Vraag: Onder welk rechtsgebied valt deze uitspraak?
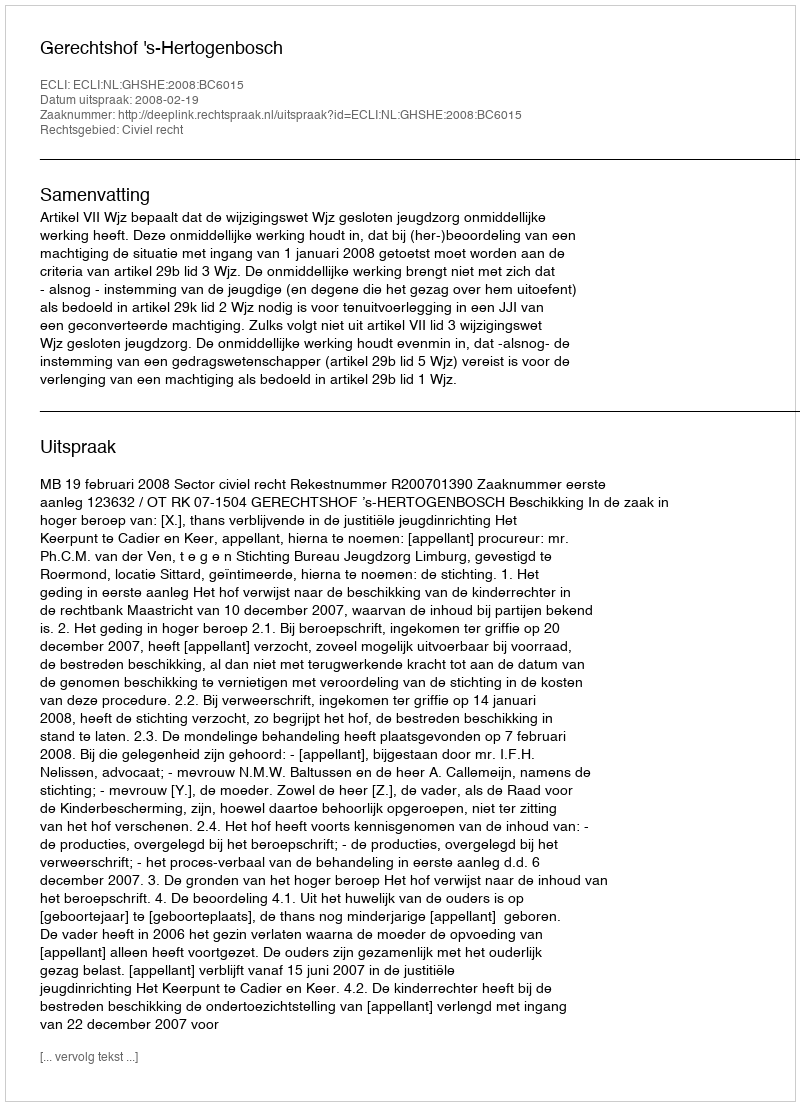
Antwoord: Civiel recht